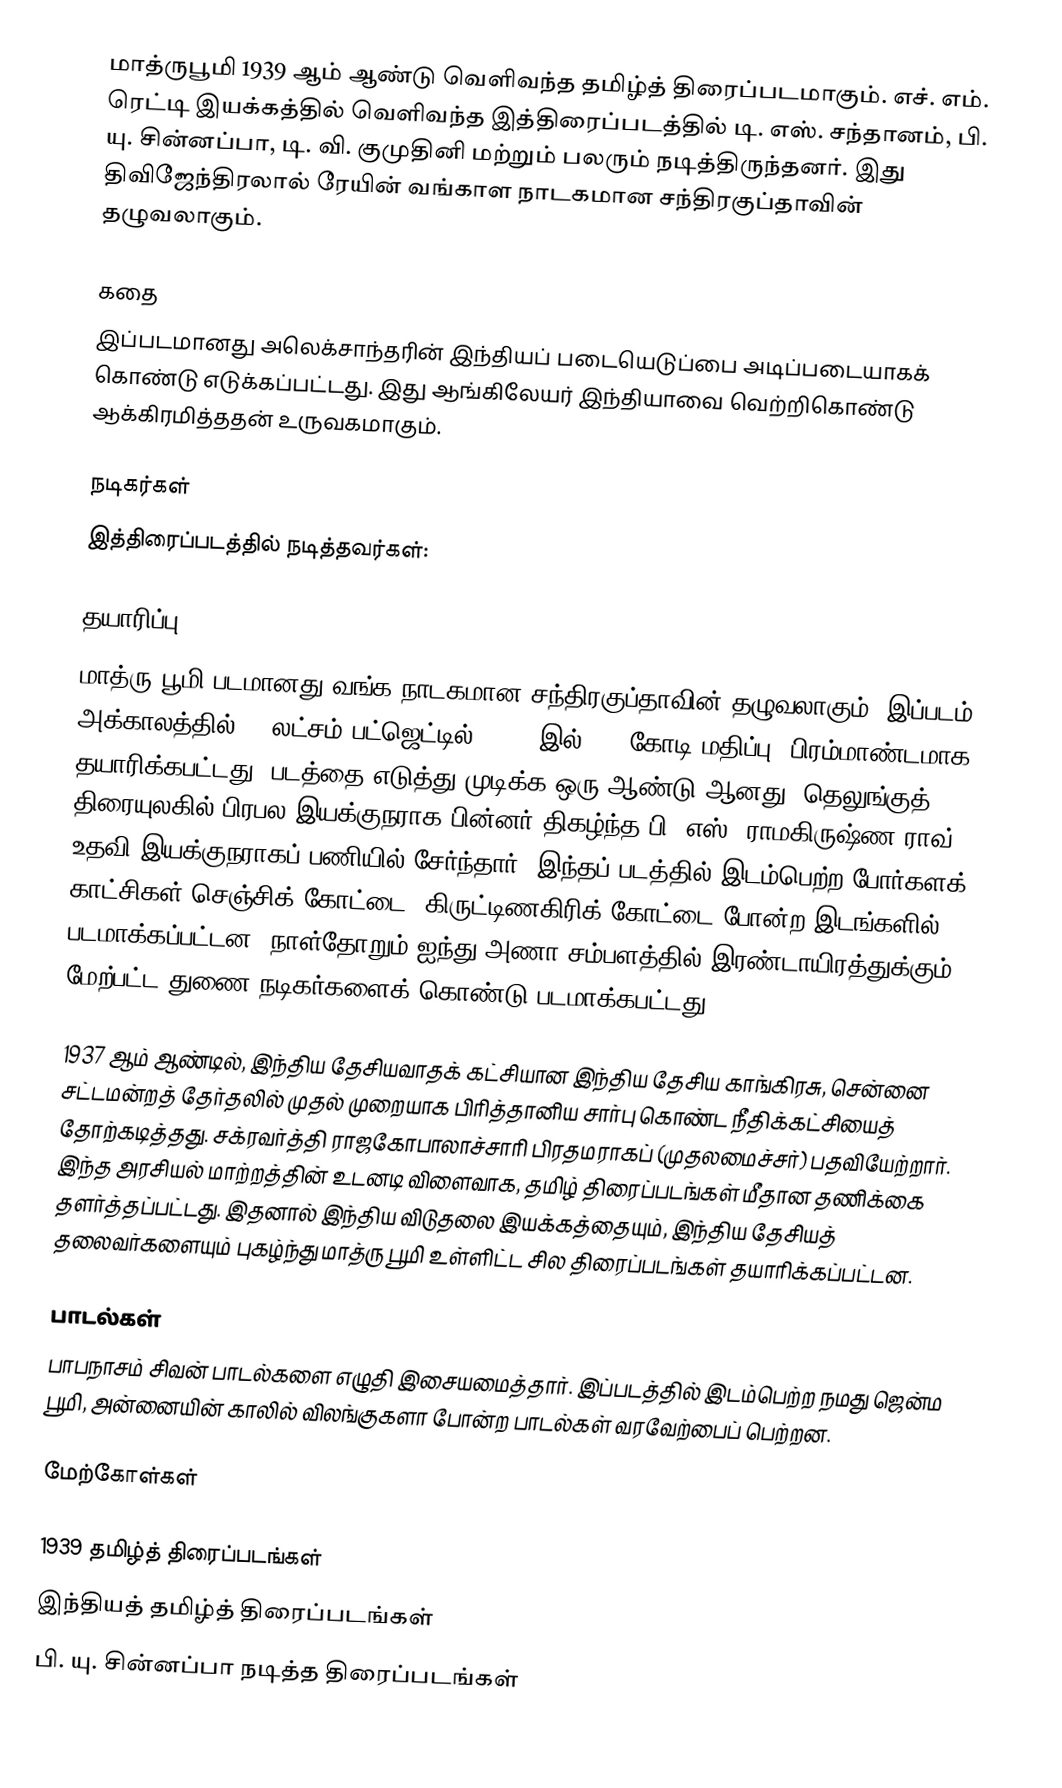
மாத்ருபூமி 1939 ஆம் ஆண்டு வெளிவந்த தமிழ்த் திரைப்படமாகும். எச். எம். ரெட்டி இயக்கத்தில் வெளிவந்த இத்திரைப்படத்தில் டி. எஸ். சந்தானம், பி. யு. சின்னப்பா, டி. வி. குமுதினி மற்றும் பலரும் நடித்திருந்தனர். இது திவிஜேந்திரலால் ரேயின் வங்காள நாடகமான சந்திரகுப்தாவின் தழுவலாகும்.

கதை
இப்படமானது அலெக்சாந்தரின் இந்தியப் படையெடுப்பை அடிப்படையாகக் கொண்டு எடுக்கப்பட்டது. இது ஆங்கிலேயர் இந்தியாவை வெற்றிகொண்டு ஆக்கிரமித்ததன் உருவகமாகும்.

நடிகர்கள்
இத்திரைப்படத்தில் நடித்தவர்கள்:

தயாரிப்பு
மாத்ரு பூமி படமானது வங்க நாடகமான சந்திரகுப்தாவின் தழுவலாகும். இப்படம் அக்காலத்தில் ₹2 லட்சம் பட்ஜெட்டில் (2021 இல் ₹34 கோடி மதிப்பு) பிரம்மாண்டமாக தயாரிக்கபட்டது. படத்தை எடுத்து முடிக்க ஒரு ஆண்டு ஆனது. தெலுங்குத் திரையுலகில் பிரபல இயக்குநராக பின்னர் திகழ்ந்த பி. எஸ். ராமகிருஷ்ண ராவ், உதவி இயக்குநராகப் பணியில் சேர்ந்தார். இந்தப் படத்தில் இடம்பெற்ற போர்களக் காட்சிகள் செஞ்சிக் கோட்டை, கிருட்டிணகிரிக் கோட்டை போன்ற இடங்களில் படமாக்கப்பட்டன. நாள்தோறும் ஐந்து அணா சம்பளத்தில் இரண்டாயிரத்துக்கும் மேற்பட்ட துணை நடிகர்களைக் கொண்டு படமாக்கபட்டது.

1937 ஆம் ஆண்டில், இந்திய தேசியவாதக் கட்சியான இந்திய தேசிய காங்கிரசு, சென்னை சட்டமன்றத் தேர்தலில் முதல் முறையாக பிரித்தானிய சார்பு கொண்ட நீதிக்கட்சியைத் தோற்கடித்தது.  சக்ரவர்த்தி ராஜகோபாலாச்சாரி பிரதமராகப் (முதலமைச்சர்) பதவியேற்றார். இந்த அரசியல் மாற்றத்தின் உடனடி விளைவாக, தமிழ் திரைப்படங்கள் மீதான தணிக்கை தளர்த்தப்பட்டது. இதனால் இந்திய விடுதலை இயக்கத்தையும், இந்திய தேசியத் தலைவர்களையும் புகழ்ந்து மாத்ரு பூமி உள்ளிட்ட சில திரைப்படங்கள் தயாரிக்கப்பட்டன.

பாடல்கள்
பாபநாசம் சிவன் பாடல்களை எழுதி இசையமைத்தார். இப்படத்தில் இடம்பெற்ற நமது ஜென்ம பூமி, அன்னையின் காலில் விலங்குகளா போன்ற பாடல்கள் வரவேற்பைப் பெற்றன.

மேற்கோள்கள்

1939 தமிழ்த் திரைப்படங்கள்
இந்தியத் தமிழ்த் திரைப்படங்கள்
பி. யு. சின்னப்பா நடித்த திரைப்படங்கள்